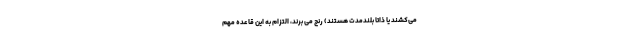
می‌کشند یا ذاتاً بلندمدت هستند) رنج می برند، التزام به این قاعده مهم